Indian journal of veterinary science and animal husbandry - Volume 6,
Year: 1936
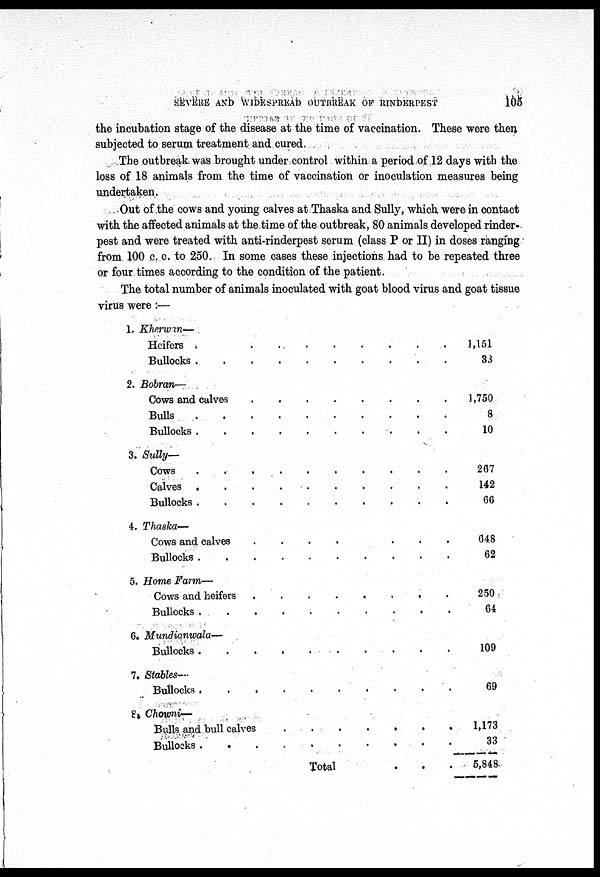
SEVERE AND WIDESPREAD OUTBREAK OF RINDERPEST
105
the incubation stage of the disease at the time of vaccination. These were then
subjected to serum treatment and cured.
The outbreak was brought under control within a period of 12 days with the
loss of 18 animals from the time of vaccination or inoculation measures being
undertaken.
Out of the cows and young calves at Thaska and Sully, which were in contact
with the affected animals at the time of the outbreak, 80 animals developed rinder-
pest and were treated with anti-rinderpest serum (class P or II) in doses ranging
from 100 c. c. to 250. In some cases these injections had to be repeated three
or four times according to the condition of the patient.
The total number of animals inoculated with goat blood virus and goat tissue
virus were :—
1. Kherwin—
Heifers ......
Bullocks
......
2. Bobran—
Cows and calves
........
Bulls
.......
Bullocks
.......
3. Sully—
Cows
........
Calves
........
Bullocks
..........
4. Thaska—
Cows and calves
........
Bullocks .......
5. Home Farm—
Cows and heifers.......
Bullocks .
6. Mundianwala—
Bullocks
........
7. Stables—
Bullocks
...........
8.
Chowni—
Bulls and bull calves
..........
Bullocks ..........
Total
1,151
33
1,750
8
10
267
142
66
648
62
250
64
109
69
1,173
33
5,848